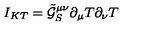
I _ { K T } = \tilde { \mathcal { G } } _ { S } ^ { \mu \nu } \partial _ { \mu } T \partial _ { \nu } T